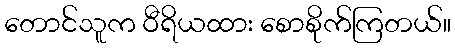
တောင်သူက ဝီရိယထား စောစိုက်ကြတယ်။